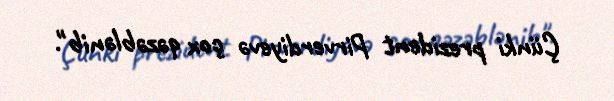
Çünki prezident Pirverdiyevə çox qəzəblənib".